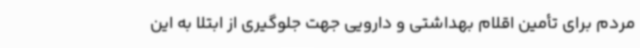
مردم برای تأمین اقلام بهداشتی و دارویی جهت جلوگیری از ابتلا به این